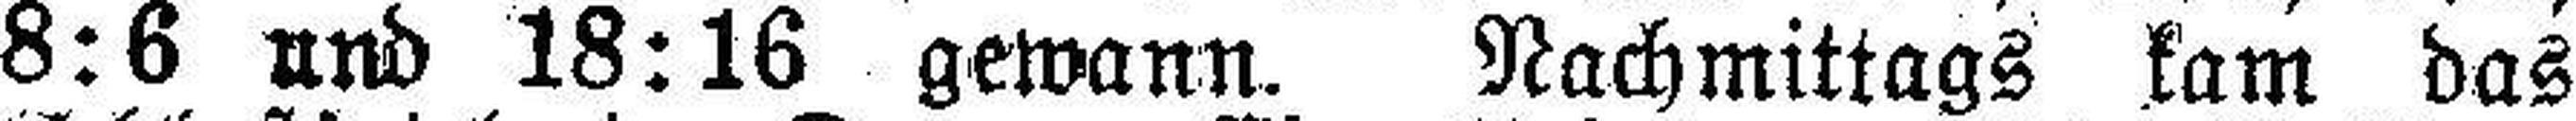
8:6 und 18:16 gewann. Nachmittags kam das